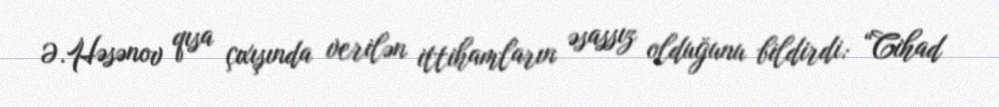
Ə.Həsənov qısa çıxışında verilən ittihamların əsassız olduğunu bildirdi: “Cihad